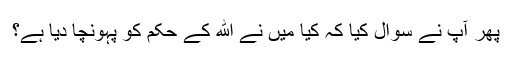
پھر آپ نے سوال کیا کہ کیا میں نے الله کے حکم کو پہونچا دیا ہے؟